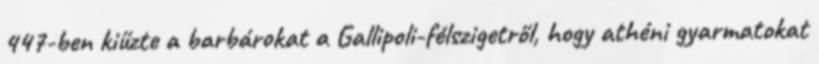
447-ben kiűzte a barbárokat a Gallipoli-félszigetről, hogy athéni gyarmatokat